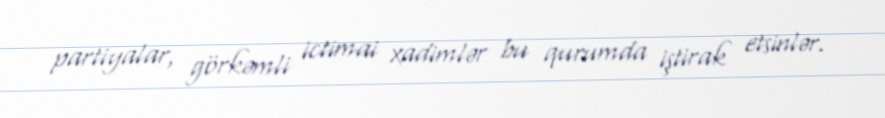
partiyalar, görkəmli ictimai xadimlər bu qurumda iştirak etsinlər.